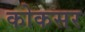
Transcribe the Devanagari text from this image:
कोकसर